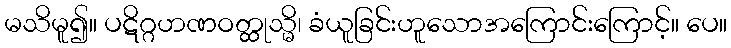
မသိမူ၍။ ပဋိဂ္ဂဟဏဝတ္ထုသ္မိ၊ ခံယူခြင်းဟူသောအကြောင်းကြောင့်။ ပေ။